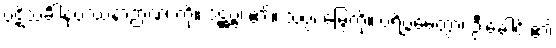
ပဋိသင်္ခါနုပဿနာဉာဏံ၊ ကို။ ဒဋ္ဌဗ္ဗံ၊ ၏။ သပ္ပံ၊ မြွေကို။ ပရိဗ္ဘမေတွာ၊ ဦးခေါင်း၏